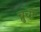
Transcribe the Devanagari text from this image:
च्रुचों